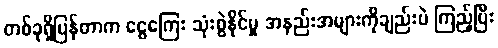
တစ်ခုရှိပြန်တာက ငွေကြေး သုံးစွဲနိုင်မှု အနည်းအများကိုချည်းပဲ ကြည့်ပြီး